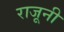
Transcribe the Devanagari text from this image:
राजूनी